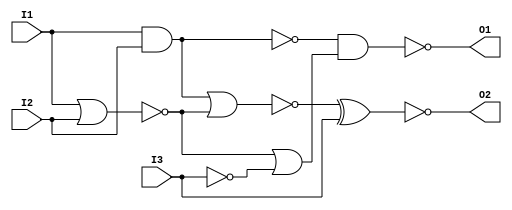
// Adarsh Chaudhary 1701CS01 Lab7 p6

module p6(O1, O2, I1, I2, I3); //you list all inputs and outputs, by convention outputs go first
	output O1, O2; // this tells the compile which lines are inputs and outputs
	input I1, I2, I3;
	
	//not n1 (inv_S1, S[1]); // defines the inverter gate, see figure
	
	nor nor1(nor1_o, I1, I2); // defines the gate, see figure 
	nand nand1 (nand1_o, I1, I2); // defines the gate, see figure
	not not1 (inv_I3, I3); // defines the inverter gate, see figure
	
	not not2 (inv_inv_I3, inv_I3); // defines the gate, see figure
	not not3 (inv_nand1_o, nand1_o); // defines the gate, see figure
	not not4 (inv_inv_inv_I3, inv_inv_I3);
	
	nor nor2(nor2_o, inv_nand1_o, nor1_o);
	or or1(or1_o, nor1_o, inv_inv_inv_I3);
	xor xor1(xor1_o, nor2_o, inv_inv_I3);
	
	nand nand2(O1, nand1_o, or1_o);
	not not5(O2, xor1_o);
endmodule